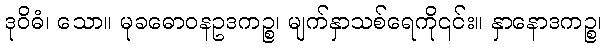
ဒုဝိဓံ၊ သော။ မုခဓောဝနဥဒကဉ္စ၊ မျက်နှာသစ်ရေကို၎င်း။ နှာနောဒကဉ္စ၊